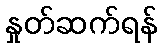
နှုတ်ဆက်ရန်